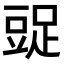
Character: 𧯩